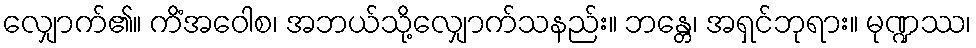
လျှောက်၏။ ကိံအဝေါစ၊ အဘယ်သို့လျှောက်သနည်း။ ဘန္တေ၊ အရှင်ဘုရား။ မုဏ္ဍဿ၊